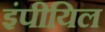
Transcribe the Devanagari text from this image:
इंपीयिल